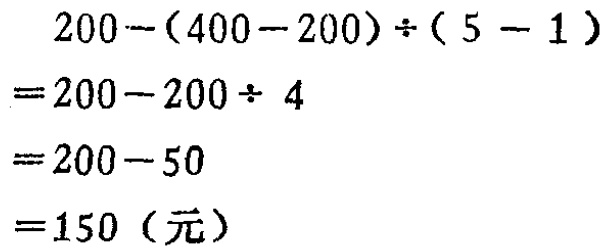
\[

\begin{align*}

&200 - (400 - 200)\div(5 - 1)\\

=&200 - 200\div 4\\

=&200 - 50\\

=&150 \text{（元）}

\end{align*}

\]